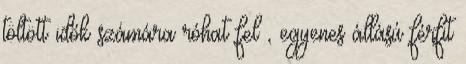
töltött idők számára róhat fel , egyenes állású férfit